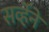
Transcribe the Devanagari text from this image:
सर्व्हेने